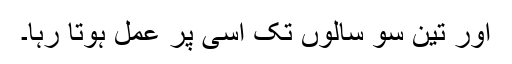
اور تین سو سالوں تک اسى پر عمل ہوتا رہا۔